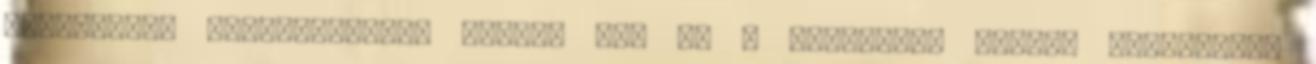
munkálatok befejeztével, július 30- án a kenderesi Horthy Kastélyban